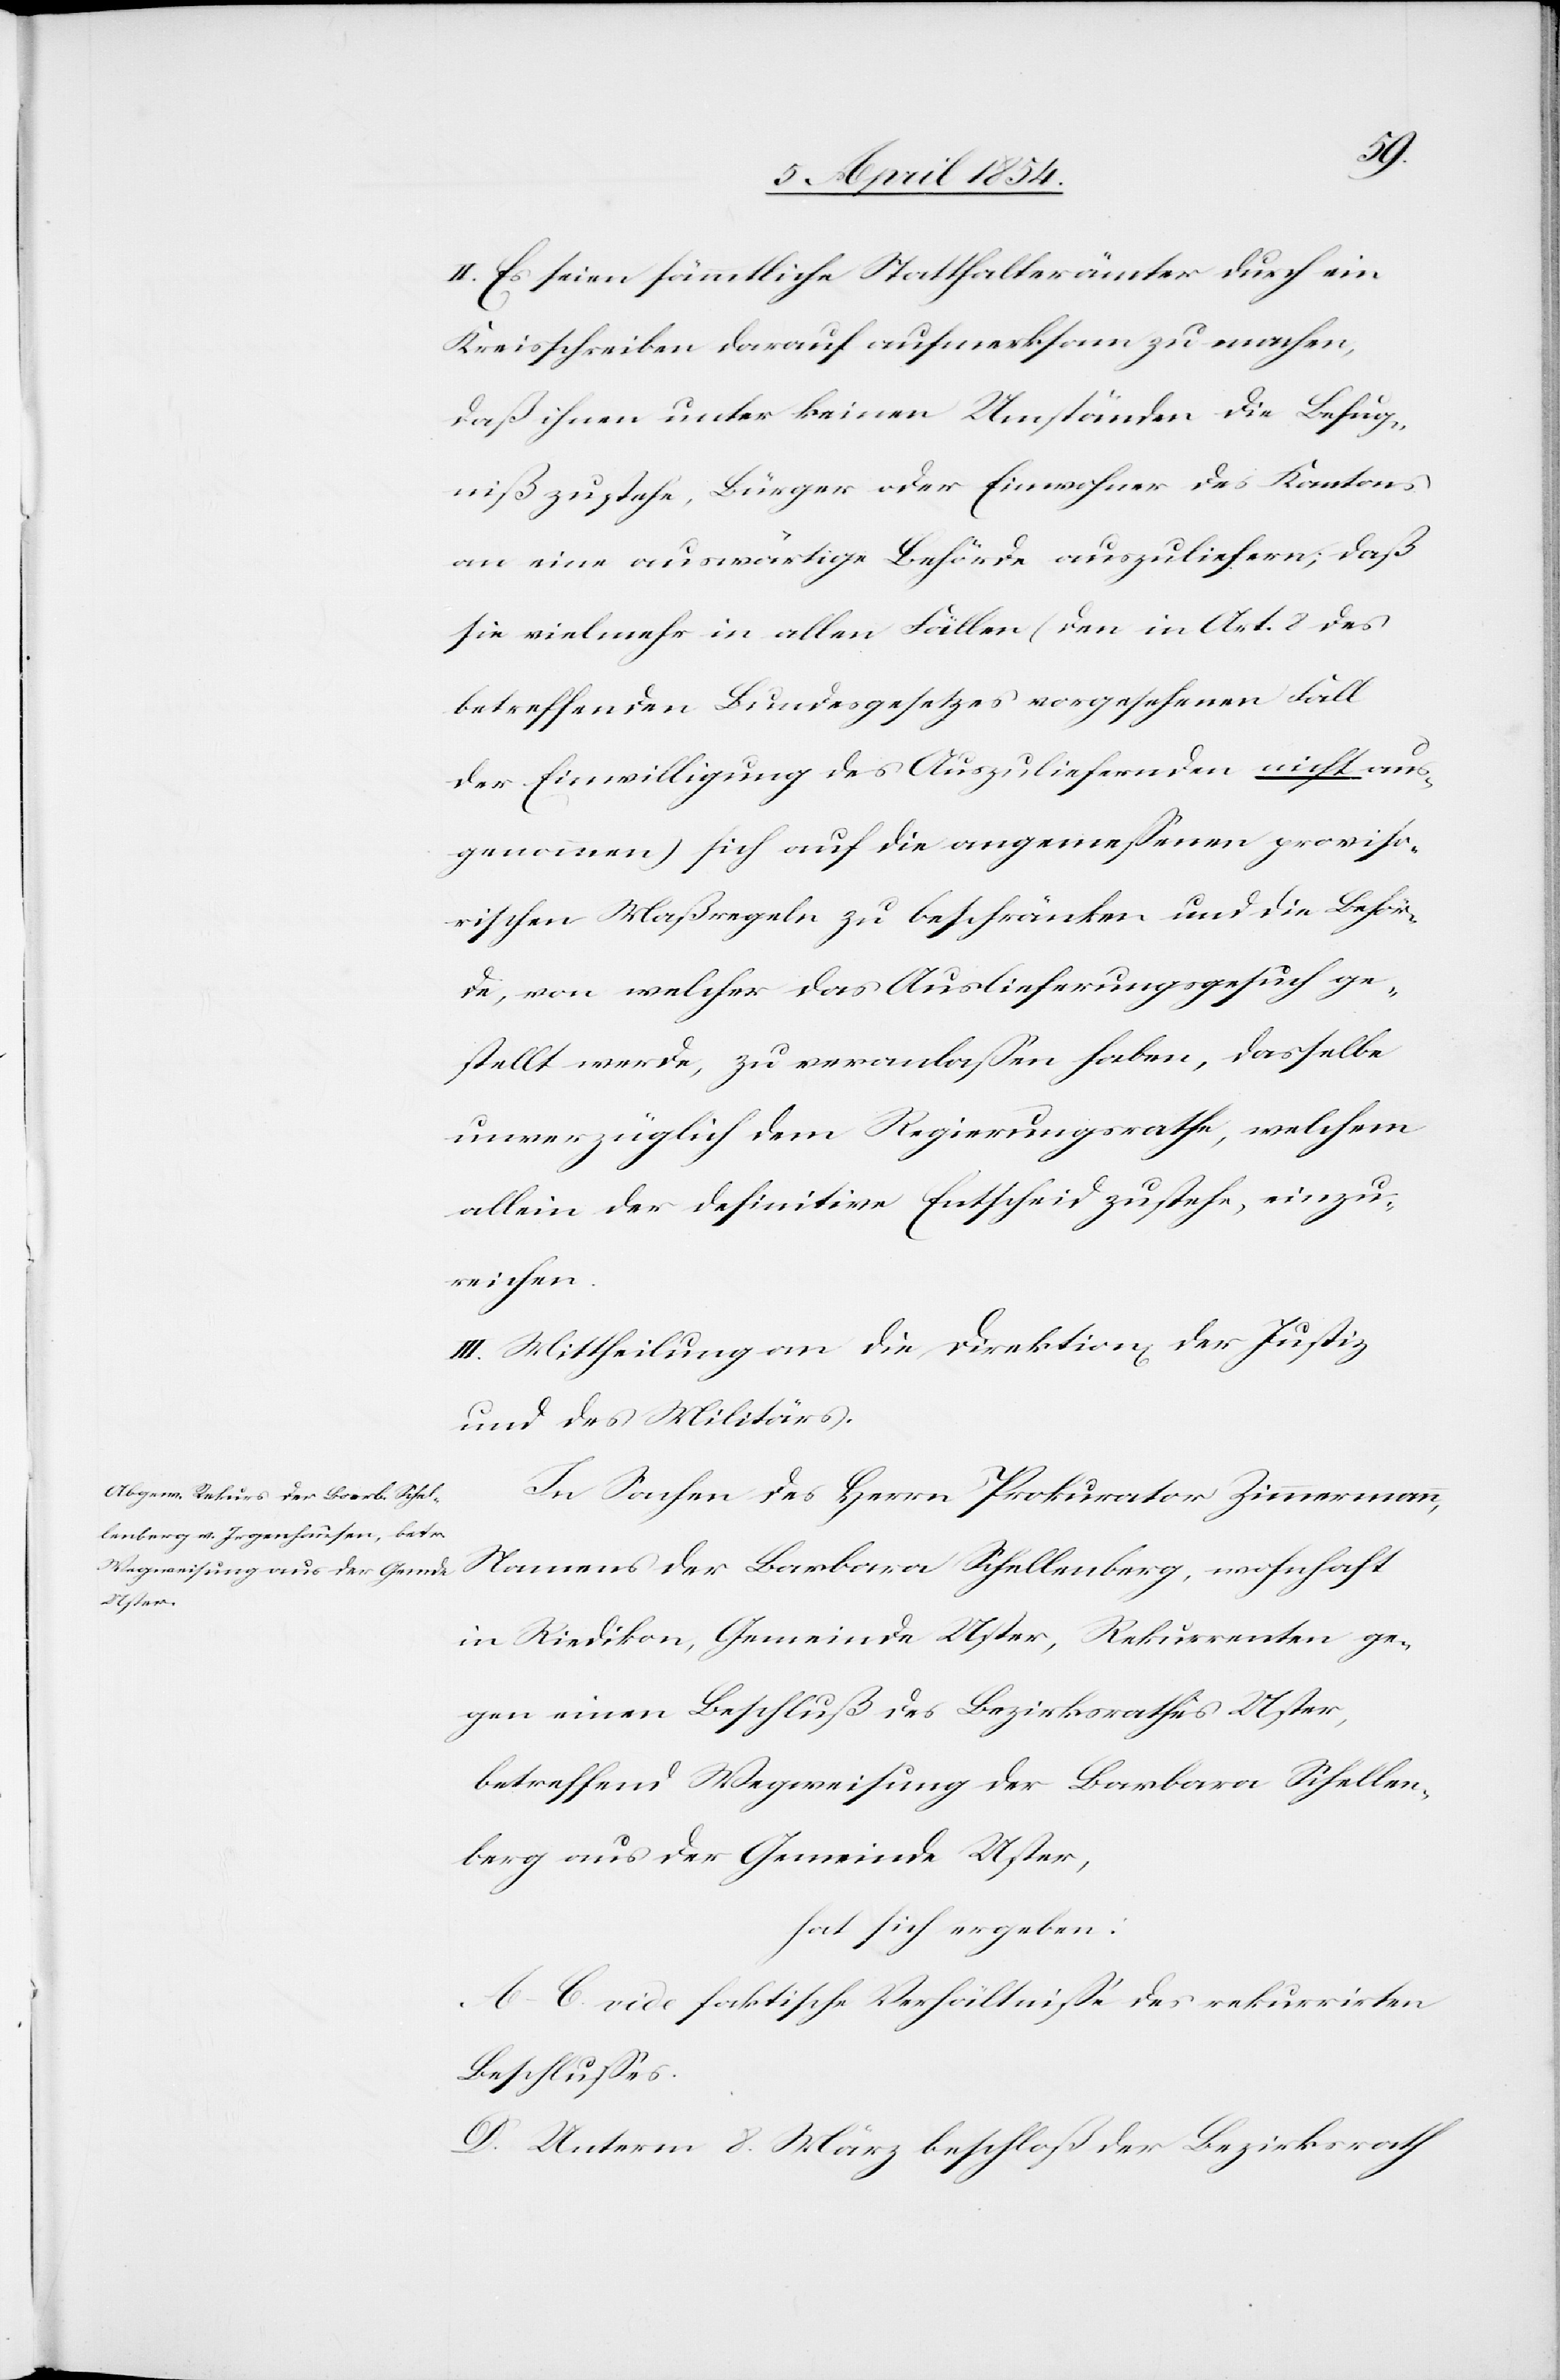
II. Es seien sämmtliche Statthalterämter durch ein
Kreisschreiben darauf aufmerksam zu machen,
daß ihnen unter keinen Umständen die Befug¬
niß zustehe, Bürger oder Einwohner des Kantons
an eine auswärtige Behörde auszuliefern; daß
sie vielmehr in allen Fällen (den in Art. 2 des
betreffenden Bundesgesetzes vorgesehenen Fall
der Einwilligung des Auszuliefernden nicht aus¬
genommen) sich auf die angemeßenen proviso¬
rischen Maßregeln zu beschränken und die Behör¬
de, von welcher das Auslieferungsgesuch ge¬
stellt werde, zu veranlaßen habe, dasselbe
unverzüglich dem Regierungsrathe, welchem
allein der definitive Entscheid zustehe, einzu¬
reichen.
III. Mittheilung an die Direktion der Justiz
und des Militärs.
In Sachen des Herrn Prokurator Zimmermann,
Namens der Barbara Schellenberg, wohnhaft
in Riedikon, Gemeinde Uster, Rekurrenten ge¬
gen einen Beschluß des Bezirksrathes Uster,
betreffend Wegweisung der Barbara Schellen¬
berg aus der Gemeinde Uster,
hat sich ergeben:
A-C. vide faktische Verhältniße des rekurrirten
Beschlußes.
D. Unterm 8. März beschloß der Bezirksrath